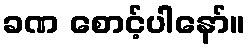
ခဏ စောင့်ပါနော်။